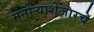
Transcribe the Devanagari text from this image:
मनोर्‍याशेजारचे